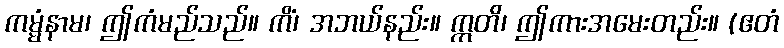
ကမ္မံနာမ၊ ဤကံမည်သည်။ ကိံ၊ အဘယ်နည်း။ ဣတိ၊ ဤကားအမေးတည်း။ (ဧတံ